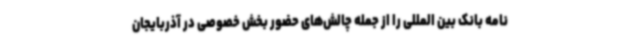
نامه بانک بین المللی را از جمله چالش‌های حضور بخش خصوصی در آذربایجان